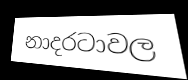
නාදරටාවල